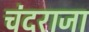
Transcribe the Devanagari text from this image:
चंदराजा